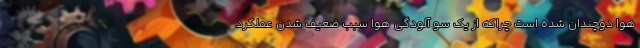
هوا دوچندان شده است چراکه از یک سو آلودگی هوا سبب ضعیف شدن عملکرد